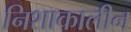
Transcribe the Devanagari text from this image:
निशाकालीन